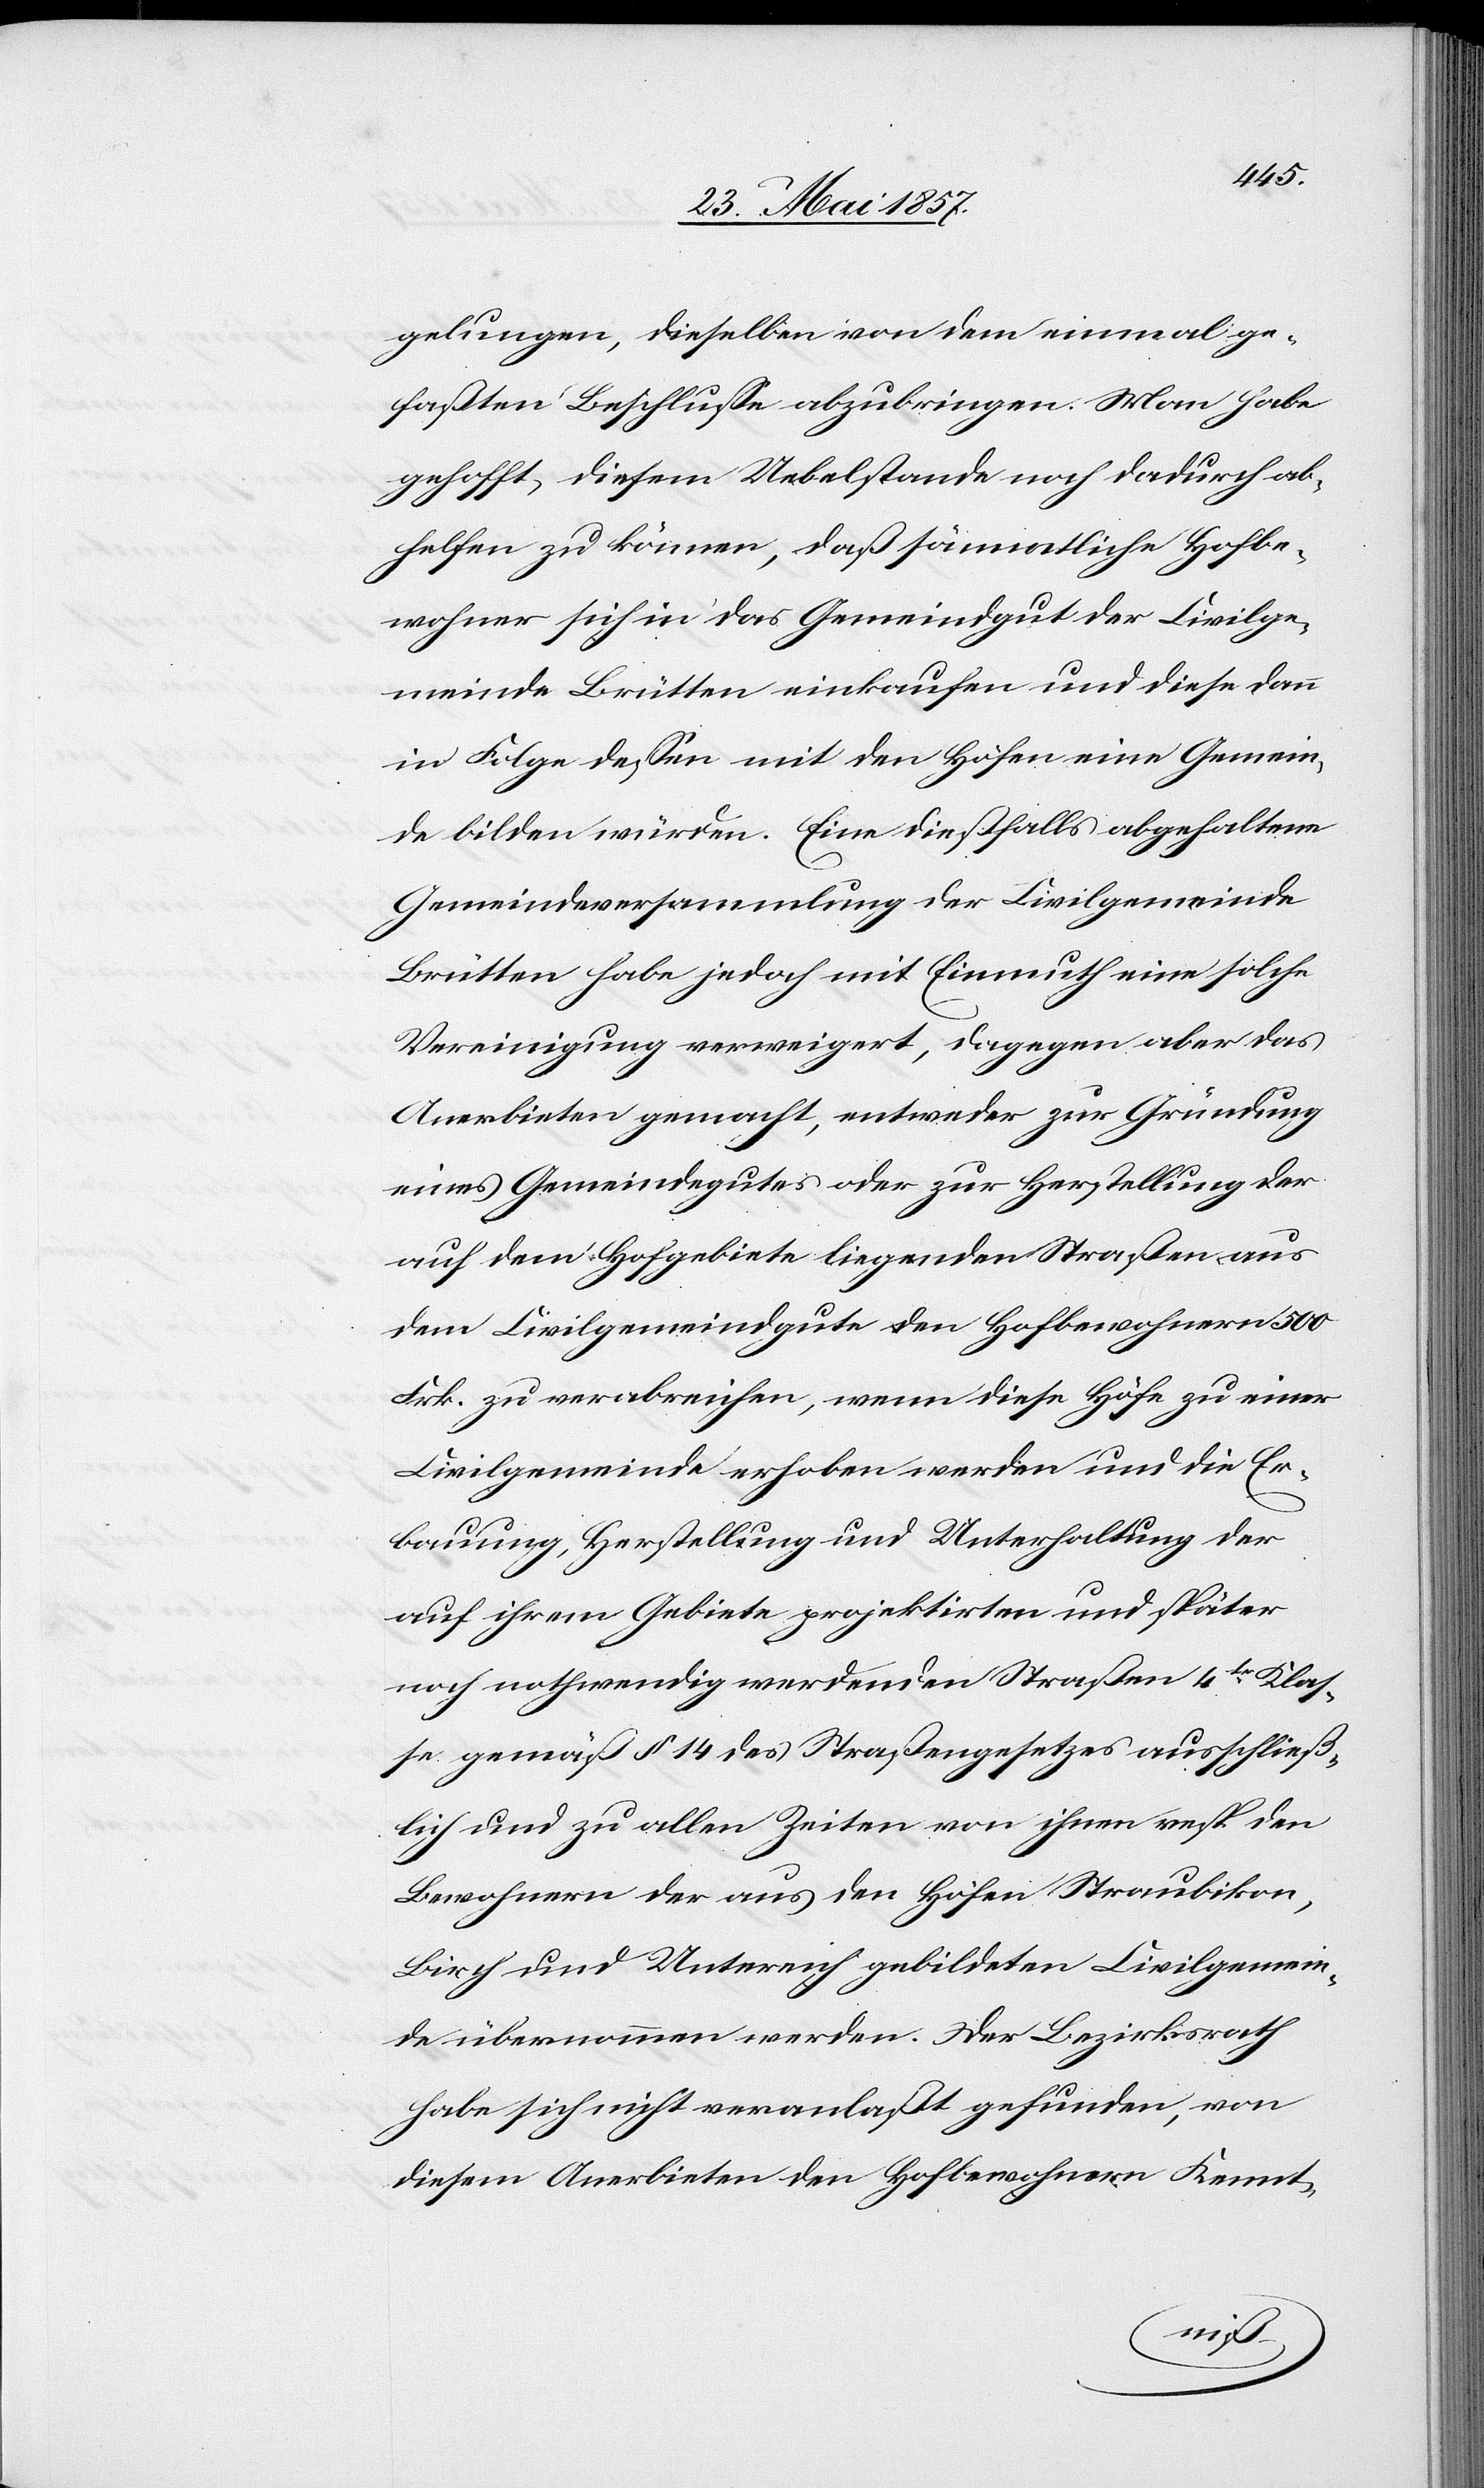
gelungen, dieselben von dem einmal ge¬
faßten Beschluße abzubringen. Man habe
gehofft, diesem Uebelstande noch dadurch ab¬
helfen zu können, daß sämmtliche Hofbe¬
wohner sich in das Gemeindgut der Civilge¬
meinde Brütten einkaufen und diese dann
in Folge dessen mit den Höfen eine Gemein¬
de bilden würden. Eine dießfalls abgehaltene
Gemeindsversammlung der Civilgemeinde
Brütten habe jedoch mit Einmuth solche
Vereinigung verweigert, dagegen aber das
Anerbieten gemacht, entweder zur Gründung
eines Gemeindgutes oder zur Herstellung der
auf dem Hofgebiete liegenden Straßen aus
dem Civilgemeindgute den Hofbewohnern 500
Frk. zu verabreichen, wenn diese Höfe zu einer
Civilgemeinde erhoben werden und die Er¬
bauung, Herstellung und Unterhaltung der
auf ihrem Gebiete projektirten und später
noch nothwendig werdenden Straßen 4tr Klas¬
se gemäß § 14 des Straßengesetzes ausschließ¬
lich und zu allen Zeiten von ihrem resp. den
Bewohnern der aus den Höfen Straubikon,
Birch und Untereich gebildeten Civilgemein¬
de übernommen werden. Der Bezirksrath
habe sich nicht veranlaßt gefunden, von
diesem Anerbieten den Hofbewohnern Kennt-